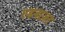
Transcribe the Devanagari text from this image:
एडवाज़र